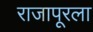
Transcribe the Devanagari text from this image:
राजापूरला